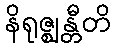
နိရုဇ္ဈန္တီတိ